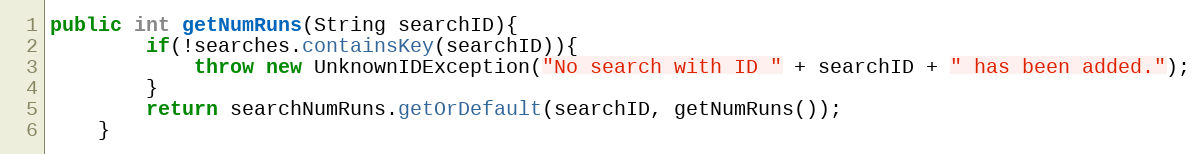
Language: Java
public int getNumRuns(String searchID){
        if(!searches.containsKey(searchID)){
            throw new UnknownIDException("No search with ID " + searchID + " has been added.");
        }
        return searchNumRuns.getOrDefault(searchID, getNumRuns());
    }